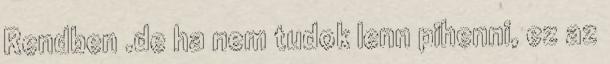
Rendben .de ha nem tudok lenn pihenni, ez az